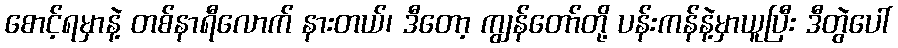
စောင့်ရမှာနဲ့ တစ်နာရီလောက် နားတယ်၊ ဒီတော့ ကျွန်တော်တို့ ပန်းကန်နဲ့မှာယူပြီး ဒီတွဲပေါ်